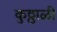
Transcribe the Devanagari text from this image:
कुठ्ठाळी